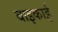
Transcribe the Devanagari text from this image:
बाइकाई